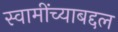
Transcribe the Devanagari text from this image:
स्वामींच्याबद्दल